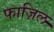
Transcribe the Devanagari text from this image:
फाज़िल